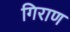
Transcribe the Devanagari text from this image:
गिराण